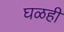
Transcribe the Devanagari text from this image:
घळही